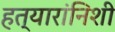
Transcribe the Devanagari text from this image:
हत्यारांनिशी